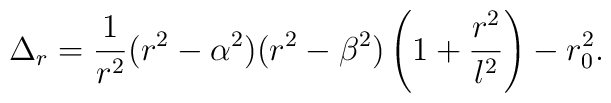
\Delta_r = {1 \over r^2}(r^2-\alpha^2)(r^2 - \beta^2)\left(1+{r^2\over l^2}\right) - r_0^2.